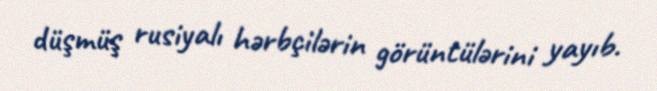
düşmüş rusiyalı hərbçilərin görüntülərini yayıb.